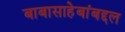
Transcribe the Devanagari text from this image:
बाबासाहेबांबद्दल